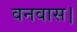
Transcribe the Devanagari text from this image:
वनवास।